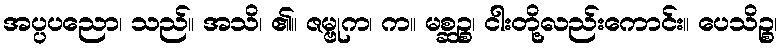
အပ္ပပညော၊ သည်။ အသိ၊ ၏။ ဇမ္ဗုက၊ က။ မစ္ဆဉ္စ၊ ငါးတို့လည်းကောင်း။ ပေသိဉ္စ၊